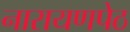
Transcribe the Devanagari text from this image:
नारायणपेठ